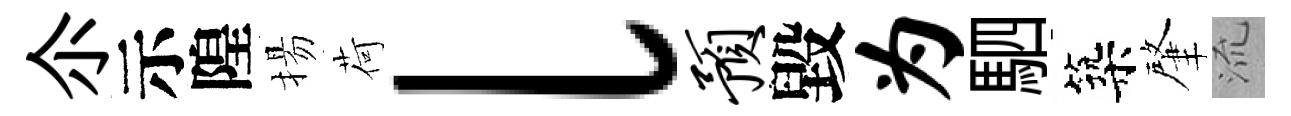
尒示隍揚荷l预毀为駟築肇𣴑